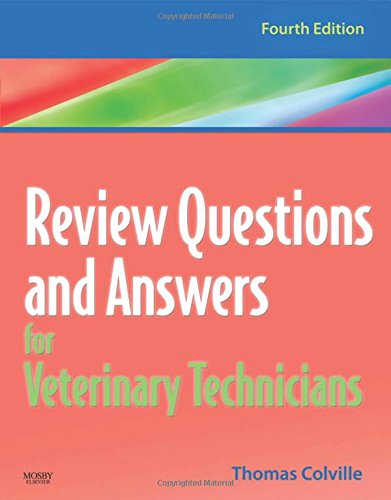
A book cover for Review Questions and Answers for Veterinary Technicians - REVISED REPRINT, 4e; Thomas P. Colville DVM  MSc; Medical Books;